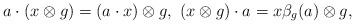
LaTeX: \begin{align*}a\cdot (x\otimes g)=(a\cdot x)\otimes g,\ (x\otimes g)\cdot a = x\beta_g(a) \otimes g,\end{align*}